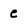
Character: e